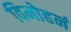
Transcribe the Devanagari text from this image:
विमोहनं